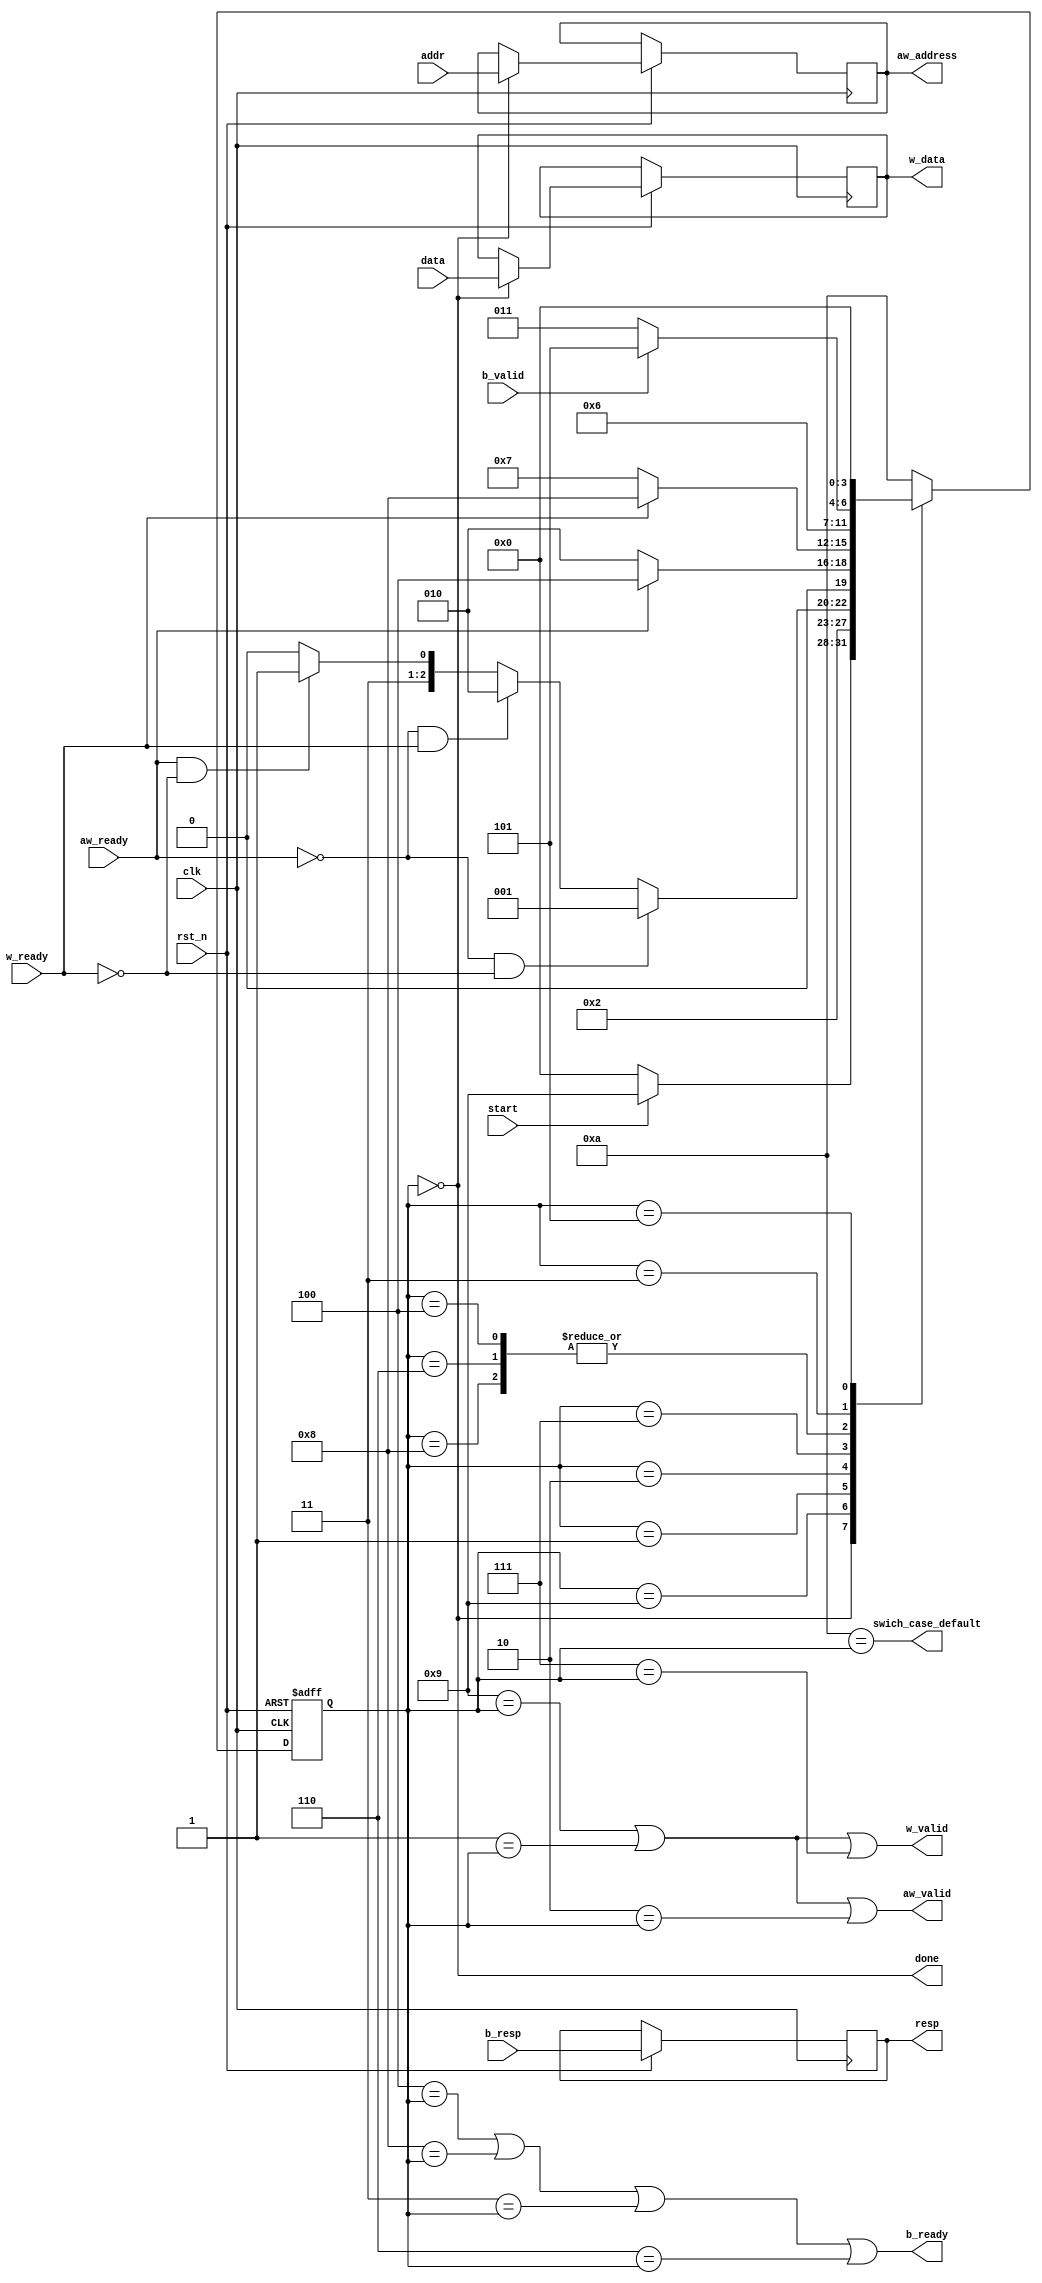
`ifndef WRITE_SUBMODULE_DEFINED
`define WRITE_SUBMODULE_DEFINED


module write_submodule #(
    parameter ADDR_WDTH = 4,
    parameter DATA_WDTH = 32,
    parameter RESP_WDTH = 1)

(
 	input clk,
 	input rst_n,

	// memory interface
 	output w_valid,
	input w_ready,
	output [DATA_WDTH-1:0] w_data,
 	
	input b_valid,
 	output b_ready,
 	input [RESP_WDTH-1:0] b_resp,
 	
 	output aw_valid,
	input aw_ready,
 	output [ADDR_WDTH-1:0] aw_address,
 	
	// supermodule interface
	input start,
 	input [DATA_WDTH-1:0] data,
 	input [ADDR_WDTH-1:0] addr,
 	output done,
 	output [RESP_WDTH-1:0] resp,
 	
	output swich_case_default
);


localparam WRITE_SUBMODULE_STATE_WDTH = 'd4;


localparam IDLE = 'd0;
localparam WAIT_AW_READY_OR_W_READY = 'd1;
localparam COMPLETE_W_WAIT_AW_READY = 'd2;
localparam WAIT_B_VALID = 'd3;
localparam COMPLETE_AW = 'd4;
localparam PROCESS_B_RESP = 'd5;
localparam COMPLETE_AW_AND_W = 'd6;
localparam COMPLETE_AW_WAIT_W_READY = 'd7;
localparam COMPLETE_W = 'd8;
localparam SEND_ADDR_AND_DATA = 'd9;
localparam SWICH_CASE_DEFAULT = 'd10;

reg [WRITE_SUBMODULE_STATE_WDTH-1:0] current_state = IDLE;
reg [WRITE_SUBMODULE_STATE_WDTH-1:0] gen_state;



wire 
is_cs_idle,
is_cs_wait_aw_ready_or_w_ready,
is_cs_complete_w_wait_aw_ready,
is_cs_wait_b_valid,
is_cs_complete_aw,
is_cs_process_b_resp,
is_cs_complete_aw_and_w,
is_cs_complete_aw_wait_w_ready,
is_cs_complete_w,
is_cs_send_addr_and_data,
is_cs_swich_case_default;

// decode the state to generate outputs easily.
assign is_cs_idle =  IDLE == current_state;
assign is_cs_wait_aw_ready_or_w_ready =  WAIT_AW_READY_OR_W_READY == current_state;
assign is_cs_complete_w_wait_aw_ready =  COMPLETE_W_WAIT_AW_READY == current_state;
assign is_cs_wait_b_valid =  WAIT_B_VALID == current_state;
assign is_cs_complete_aw =  COMPLETE_AW == current_state;
assign is_cs_process_b_resp =  PROCESS_B_RESP == current_state;
assign is_cs_complete_aw_and_w =  COMPLETE_AW_AND_W == current_state;
assign is_cs_complete_aw_wait_w_ready =  COMPLETE_AW_WAIT_W_READY == current_state;
assign is_cs_complete_w =  COMPLETE_W == current_state;
assign is_cs_send_addr_and_data =  SEND_ADDR_AND_DATA == current_state;
assign is_cs_swich_case_default =  SWICH_CASE_DEFAULT == current_state;


// outputs
wire ld_reg_b_resp;
reg [RESP_WDTH-1:0] reg_b_resp;
assign resp = reg_b_resp;

wire ld_reg_addr;
reg [ADDR_WDTH-1:0] reg_addr;
assign aw_address = reg_addr;

wire ld_reg_data;
reg [DATA_WDTH-1:0] reg_data;
assign w_data = reg_data;

assign done = is_cs_idle;

assign aw_valid = is_cs_send_addr_and_data | 
	is_cs_wait_aw_ready_or_w_ready | is_cs_complete_w_wait_aw_ready;

assign b_ready = is_cs_complete_aw | is_cs_complete_w | 
	is_cs_wait_b_valid | is_cs_complete_aw_and_w;

assign w_valid = is_cs_send_addr_and_data | 
	is_cs_wait_aw_ready_or_w_ready | is_cs_complete_aw_wait_w_ready;

assign swich_case_default = is_cs_swich_case_default;

// internal control signals
assign ld_reg_b_resp = 1'b1;

assign ld_reg_data = is_cs_idle;

assign ld_reg_addr = is_cs_idle;


// state transition and synchron blocks
always@ (posedge clk or negedge rst_n) begin
    if (!rst_n) begin
        current_state <= IDLE;
		// reset the other registers also
    end else begin
        current_state <= gen_state;
		// assign the other registers also
		if (ld_reg_b_resp)
			reg_b_resp <= b_resp;
		if (ld_reg_addr)
			reg_addr <= addr;
		if (ld_reg_data)
			reg_data <= data;
    end
end

// next state generation
always@ ( * ) begin
    case (current_state)
        IDLE: 
            gen_state <= start ? SEND_ADDR_AND_DATA : IDLE;

        SEND_ADDR_AND_DATA:
            gen_state <= WAIT_AW_READY_OR_W_READY;

        WAIT_AW_READY_OR_W_READY:
            if (~aw_ready & ~w_ready)
                gen_state <= WAIT_AW_READY_OR_W_READY;
            else if (~aw_ready & w_ready)
                gen_state <= COMPLETE_W_WAIT_AW_READY;
            else if (aw_ready & ~w_ready)
                gen_state <= COMPLETE_AW_WAIT_W_READY;
            else 
                gen_state <= COMPLETE_AW_AND_W;
        
        COMPLETE_W_WAIT_AW_READY:
            gen_state <= aw_ready ? COMPLETE_AW : COMPLETE_W_WAIT_AW_READY;
        
        COMPLETE_AW_WAIT_W_READY:
            gen_state <= w_ready ? COMPLETE_W : COMPLETE_AW_WAIT_W_READY;
        
        COMPLETE_W:
            gen_state <= WAIT_B_VALID;

        COMPLETE_AW_AND_W:
            gen_state <= WAIT_B_VALID;
        
        COMPLETE_AW:
            gen_state <= WAIT_B_VALID;
        
         WAIT_B_VALID:
            gen_state <= b_valid ? PROCESS_B_RESP : WAIT_B_VALID;

        PROCESS_B_RESP:
            gen_state <= IDLE;
        
        default:
            gen_state <= SWICH_CASE_DEFAULT;
    endcase
end

endmodule

`endif